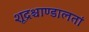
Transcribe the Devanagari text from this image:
शूद्रश्चाण्डालतां